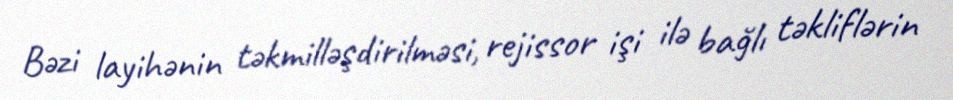
Bəzi layihənin təkmilləşdirilməsi, rejissor işi ilə bağlı təkliflərin